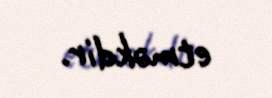
etməkdir.